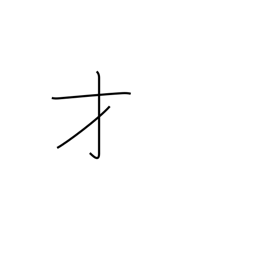
Meaning: genius